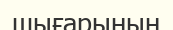
шығарының